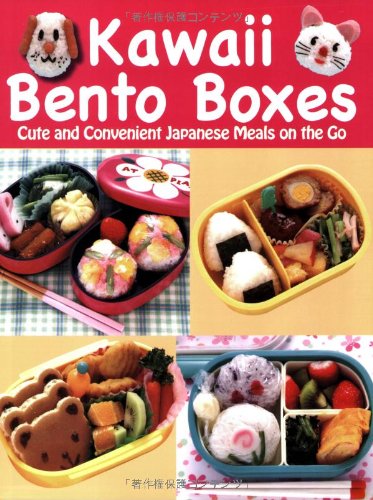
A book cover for Kawaii Bento Boxes: Cute and Convenient Japanese Meals on the Go; Joie Staff; Cookbooks, Food & Wine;